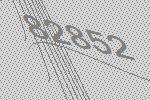
82852